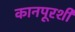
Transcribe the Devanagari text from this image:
कानपूरशी